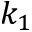
k _ { 1 }